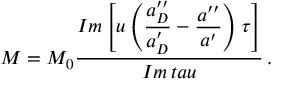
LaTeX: M = M _ { 0 } \frac { \displaystyle { \cal I } m \left[ u \left( \frac { a _ { D } ^ { \prime \prime } } { a _ { D } ^ { \prime } } - \frac { a ^ { \prime \prime } } { a ^ { \prime } } \right) \tau \right] } { \displaystyle { \cal I } m \, t a u } \, .